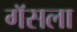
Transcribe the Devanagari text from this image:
गॅसला